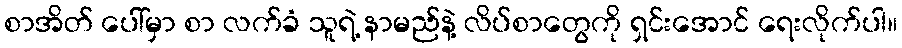
စာအိတ် ပေါ်မှာ စာ လက်ခံ သူရဲ့ နာမည်နဲ့ လိပ်စာတွေကို ရှင်းအောင် ရေးလိုက်ပါ။